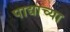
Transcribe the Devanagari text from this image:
पाद्याच्या